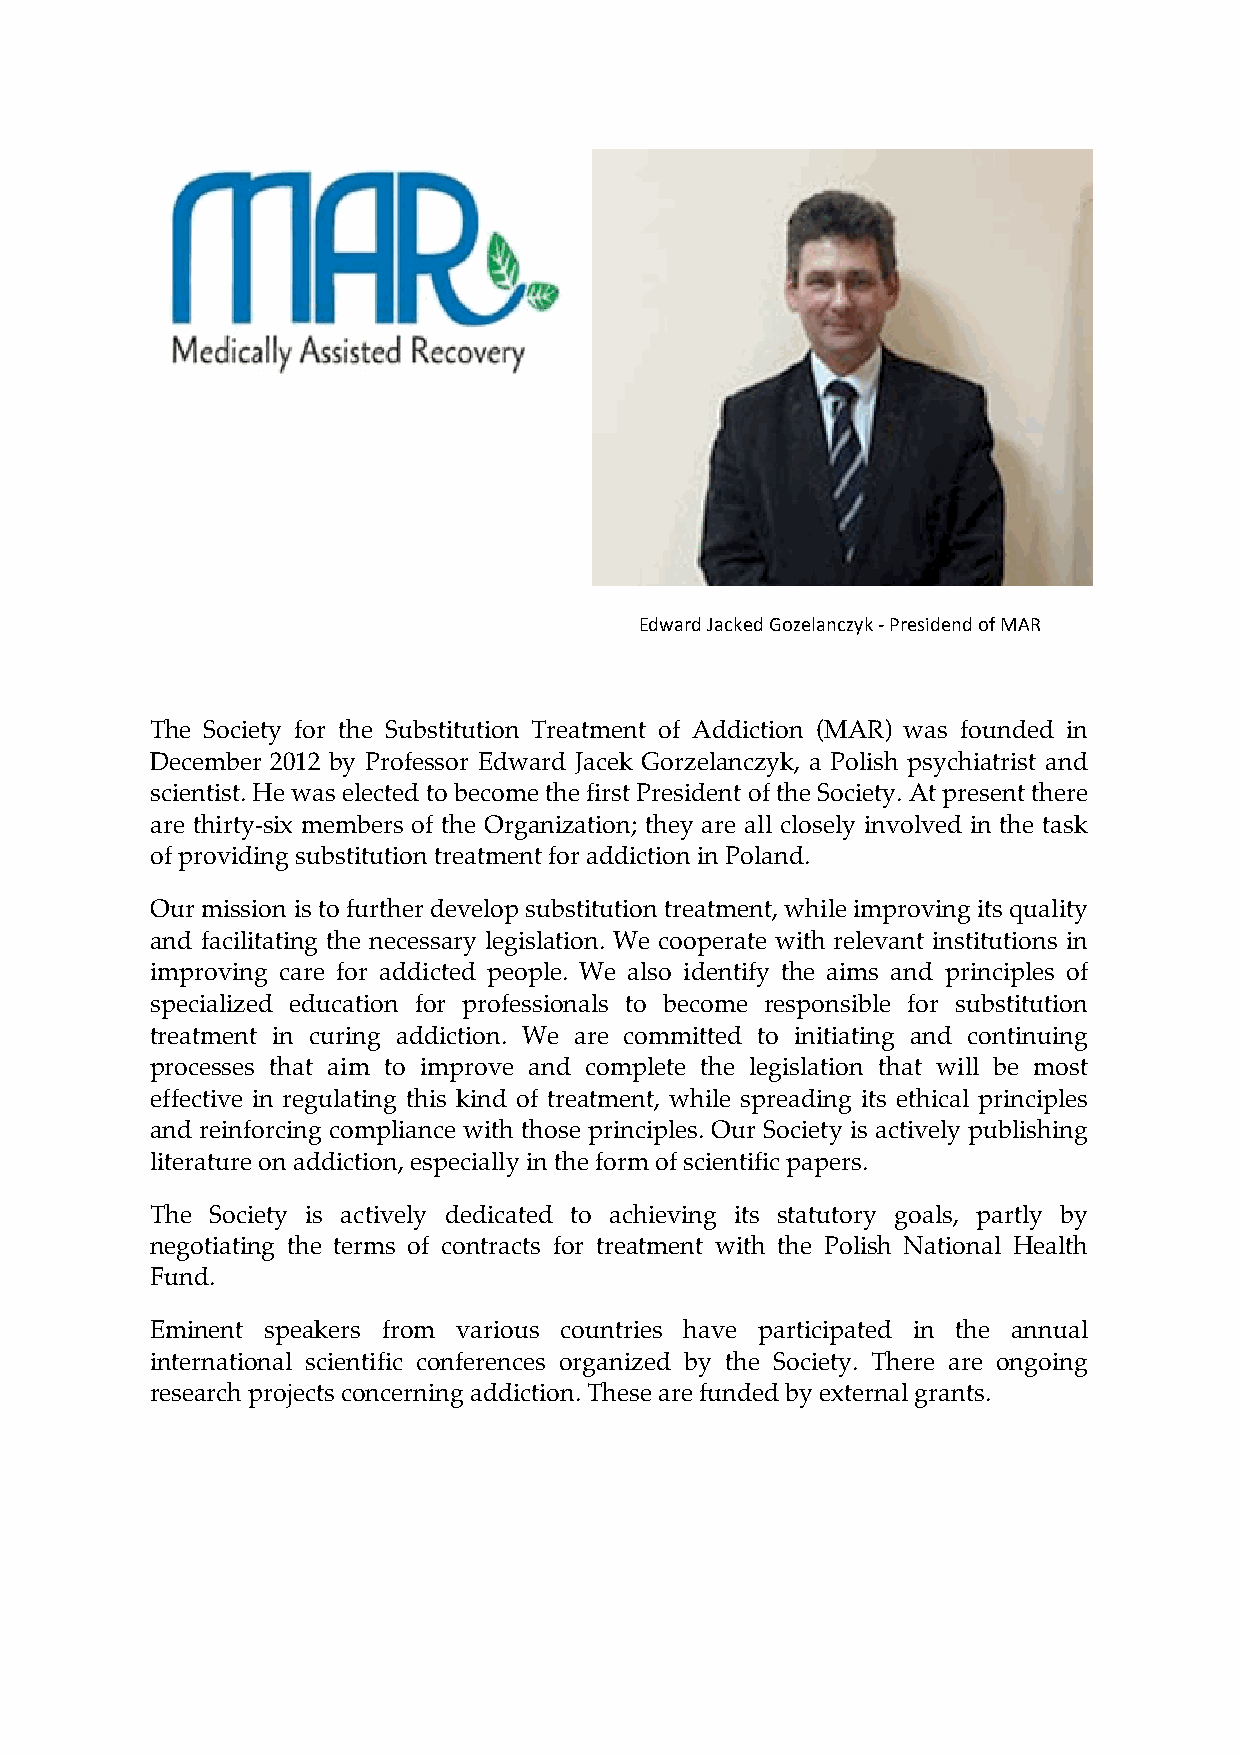
Edward Jacked Gozelanczyk -­‐ Presidend of MAR
 The Society for the Substitution Treatment of Addiction (MAR) was founded in
 December 2012 by Professor Edward Jacek Gorzelanczyk, a Polish psychiatrist and
 scientist. He was elected to become the first President of the Society. At present there
 are thirty-six members of the Organization; they are all closely involved in the task
 of providing substitution treatment for addiction in Poland.
 Our mission is to further develop substitution treatment, while improving its quality
 and facilitating the necessary legislation. We cooperate with relevant institutions in
 improving care for addicted people. We also identify the aims and principles of
 specialized education for professionals to become responsible for substitution
 treatment in curing addiction. We are committed to initiating and continuing
 processes that aim to improve and complete the legislation that will be most
 effective in regulating this kind of treatment, while spreading its ethical principles
 and reinforcing compliance with those principles. Our Society is actively publishing
 literature on addiction, especially in the form of scientific papers.
 The Society is actively dedicated to achieving its statutory goals, partly by
 negotiating the terms of contracts for treatment with the Polish National Health
 Fund.
 Eminent speakers from various countries have participated in the annual
 international scientific conferences organized by the Society. There are ongoing
 research projects concerning addiction. These are funded by external grants.